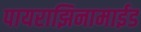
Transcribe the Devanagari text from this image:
पायराझिनामाईड